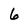
Character: 6